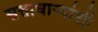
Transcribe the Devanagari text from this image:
सत्ताधाऱ्यांशी